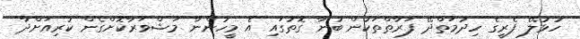
ހުޅުލޭ ފެރީގެ ހިދުމަތްދޭ ފަރާތްތަކުން ބުނާ ގޮތުގައި އެ މީހުންނާ މަޝްވަރާކޮށްގެން ކުރިއަށްދާ